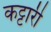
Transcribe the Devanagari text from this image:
कट्टारी